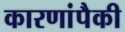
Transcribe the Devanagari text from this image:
कारणांपैकी